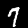
Label: 7